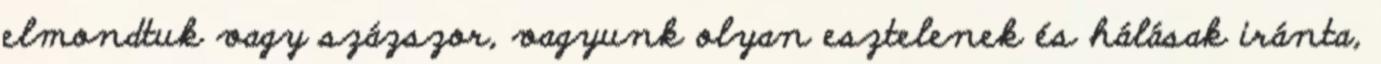
elmondtuk vagy százszor, vagyunk olyan esztelenek és hálásak iránta,